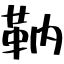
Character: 靹